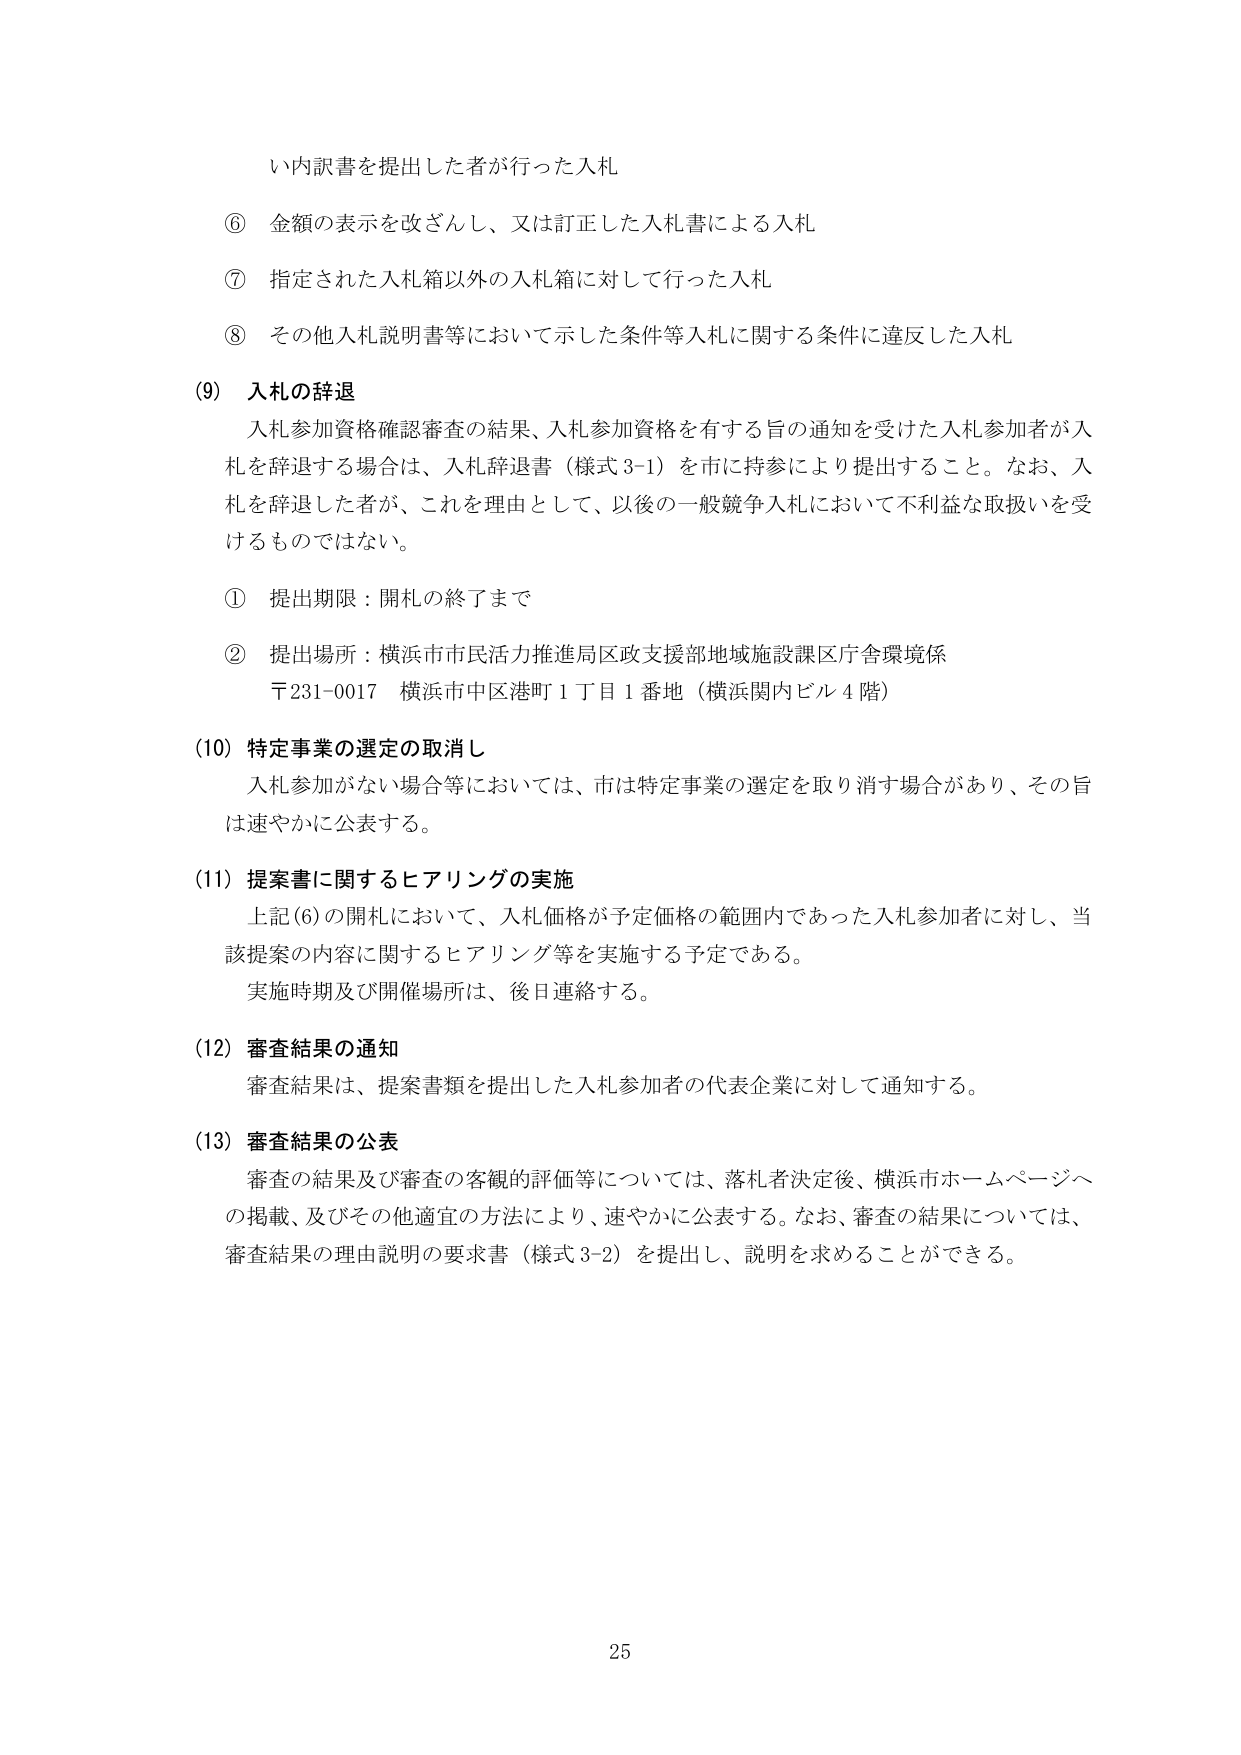
い内訳書を提出した者が行った入札
⑥ 金額の表示を改ざんし、又は訂正した入札書による入札
⑦ 指定された入札箱以外の入札箱に対して行った入札
⑧ その他入札説明書等において示した条件等入札に関する条件に違反した入札

(9) 入札の辞退
入札参加資格確認審査の結果、入札参加資格を有する旨の通知を受けた入札参加者が入札を辞退する場合は、入札辞退書（様式3-1）を市に持参により提出すること。なお、入札を辞退した者が、これを理由として、以後の一般競争入札において不利益な取扱いを受けるものではない。

① 提出期限：開札の終了まで
② 提出場所：横浜市市民活力推進局区政支援部地域施設課区庁舎環境係
〒231-0017 横浜市中区港町1丁目1番地（横浜関内ビル4階）

(10) 特定事業の選定の取消し
入札参加がない場合等においては、市は特定事業の選定を取り消す場合があり、その旨は速やかに公表する。

(11) 提案書に関するヒアリングの実施
上記(6)の開札において、入札価格が予定価格の範囲内であった入札参加者に対し、当該提案の内容に関するヒアリング等を実施する予定である。
実施時期及び開催場所は、後日連絡する。

(12) 審査結果の通知
審査結果は、提案書類を提出した入札参加者の代表企業に対して通知する。

(13) 審査結果の公表
審査の結果及び審査の客観的評価等については、落札者決定後、横浜市ホームページへの掲載、及びその他適宜の方法により、速やかに公表する。なお、審査の結果については、審査結果の理由説明の要求書（様式3-2）を提出し、説明を求めることができる。

25